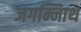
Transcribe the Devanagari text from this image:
जगन्नािथ